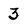
Character: 3